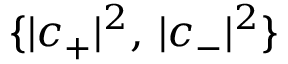
\{ | c _ { + } | ^ { 2 } , \, | c _ { - } | ^ { 2 } \}